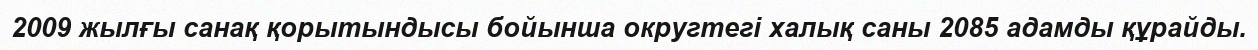
2009 жылғы санақ қорытындысы бойынша округтегі халық саны 2085 адамды құрайды.